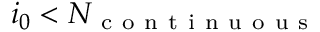
i _ { 0 } < N _ { \mathrm { ~ c ~ o ~ n ~ t ~ i ~ n ~ u ~ o ~ u ~ s ~ } }